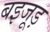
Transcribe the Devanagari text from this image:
बइजूड़